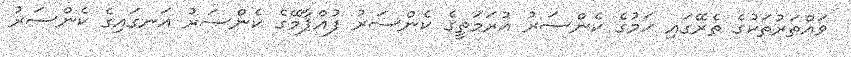
ވައްތަރުތަކުގެ ތެރޭގައި ހަމުގެ ކެންސަރު އުރަމަތީގެ ކެންސަރު ފުއްޕާމޭގެ ކެންސަރު އަނގައިގެ ކެންސަރު